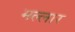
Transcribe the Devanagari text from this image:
मल्लार